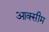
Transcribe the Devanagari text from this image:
आक्सीम